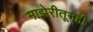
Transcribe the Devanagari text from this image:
माझेरीतूनही